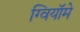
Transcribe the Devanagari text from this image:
ग्वियॉमे